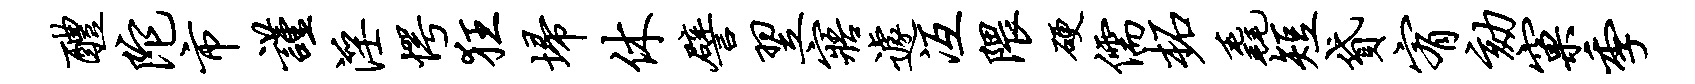
醴陀市谨淫愕狂埽休譬翌寤遽冱隈硬儒柘毳短贷宥劾窠季